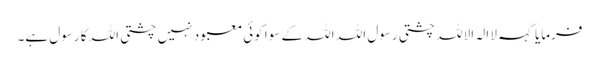
فرمایا کہہ لا الہ الاللہ چشتی رسول اللہ اللہ کے سوا کوئی معبود نہیں چشتی اللہ کا رسول ہے۔